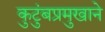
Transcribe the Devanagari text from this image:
कुटुंबप्रमुखाने